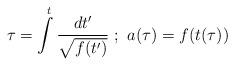
\begin{align*}\tau=\int\limits_{}^{t}{ dt' \over \sqrt{f(t')}} \ ; \ a(\tau)=f(t(\tau))\end{align*}